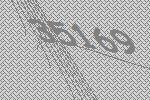
35169